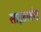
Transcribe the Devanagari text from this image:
साइडलोड